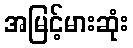
အမြင့်မားဆုံး